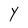
Character: Y